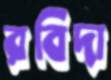
রবিদা